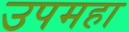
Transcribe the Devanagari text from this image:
उपमहा